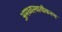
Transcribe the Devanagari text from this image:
अमध्यस्थायीकरण